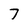
Character: 7